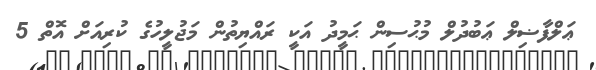
ޢަލްފާޟިލް ޢަބުދުލް މުޙުސިން ޙަމީދު އަކީ ރައްޔިތުން މަޖުލީހުގެ ކުރިއަށް އޮތް 5